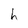
Character: h